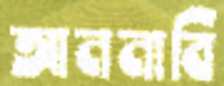
আননাবি